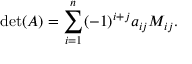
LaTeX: \operatorname* { d e t } ( A ) = \sum _ { i = 1 } ^ { n } ( - 1 ) ^ { i + j } a _ { i j } M _ { i j } .